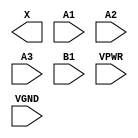
module sky130_fd_sc_hs__o31a (
    X   ,
    A1  ,
    A2  ,
    A3  ,
    B1  ,
    VPWR,
    VGND
);

    output X   ;
    input  A1  ;
    input  A2  ;
    input  A3  ;
    input  B1  ;
    input  VPWR;
    input  VGND;
endmodule